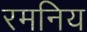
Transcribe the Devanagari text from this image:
रमनिय